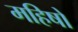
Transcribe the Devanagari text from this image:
महिषो